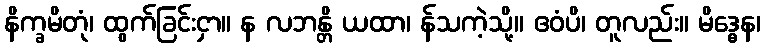
နိက္ခမိတုံ၊ ထွက်ခြင်းငှာ။ န လဘန္တိ ယထာ၊ န်သကဲ့သို့။ ဧဝံပိ၊ တူလည်း။ မိဒ္ဓေန၊